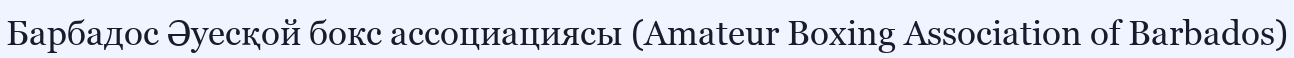
Барбадос Әуесқой бокс ассоциациясы (Amateur Boxing Association of Barbados)